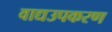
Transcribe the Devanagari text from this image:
वाद्यउपकरण